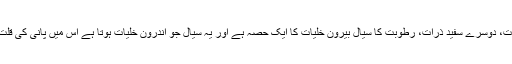
ایک سرخ ذرات، دوسرے سفید ذرات، رطوبت کا سیال بیرونِ خلیات کا ایک حصہ ہے اور یہ سیال جو اندرونِ خلیات ہوتا ہے اس میں پانی کی قلت ہو جاتی ہے۔